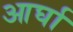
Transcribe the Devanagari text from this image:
आर्घा